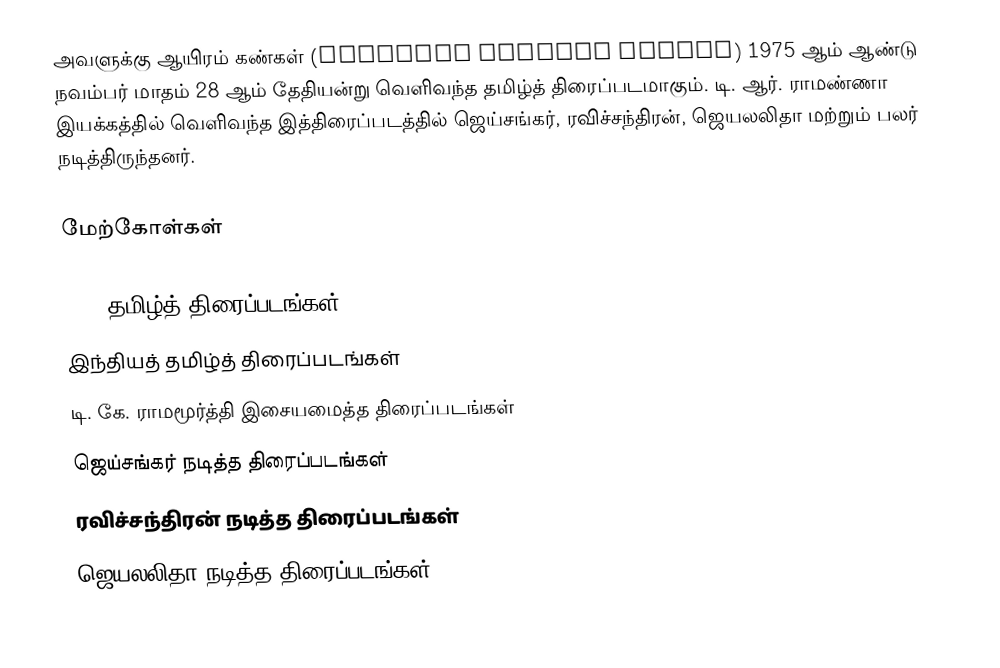
அவளுக்கு ஆயிரம் கண்கள் (Avalukku Aayiram Kangal) 1975 ஆம் ஆண்டு நவம்பர் மாதம் 28 ஆம் தேதியன்று வெளிவந்த தமிழ்த் திரைப்படமாகும். டி. ஆர். ராமண்ணா இயக்கத்தில் வெளிவந்த இத்திரைப்படத்தில் ஜெய்சங்கர், ரவிச்சந்திரன், ஜெயலலிதா மற்றும் பலர் நடித்திருந்தனர்.

மேற்கோள்கள்

1975 தமிழ்த் திரைப்படங்கள்
இந்தியத் தமிழ்த் திரைப்படங்கள்
டி. கே. ராமமூர்த்தி இசையமைத்த திரைப்படங்கள்
ஜெய்சங்கர் நடித்த திரைப்படங்கள்
ரவிச்சந்திரன் நடித்த திரைப்படங்கள்
ஜெயலலிதா நடித்த திரைப்படங்கள்